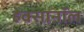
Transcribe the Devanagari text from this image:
हेक्सानॉल